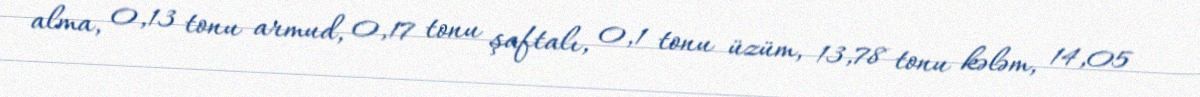
alma, 0,13 tonu armud, 0,17 tonu şaftalı, 0,1 tonu üzüm, 13,78 tonu kələm, 14,05